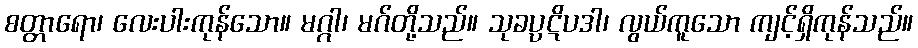
စတ္တာရော၊ လေးပါးကုန်သော။ မဂ္ဂါ၊ မဂ်တို့သည်။ သုခပ္ပဋိပဒါ၊ လွယ်ကူသော ကျင့်ရှိကုန်သည်။